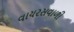
વાયરસવાળી